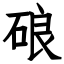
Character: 硠